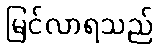
မြင်လာရသည်